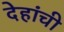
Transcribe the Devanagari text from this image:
देहांची